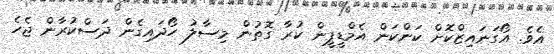
އެވެ. އޯގަނައިޒްކޮށް ކަންކަން އެމްޑީޕީން ކުރާ ގޮތުން މިސާލު ހޯދައިގެން ދަސްކުރާން ޖެހެ